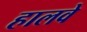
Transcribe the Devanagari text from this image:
हालवे